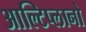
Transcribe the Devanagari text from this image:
आल्टिप्लानो